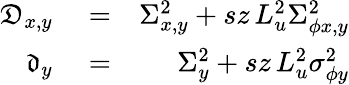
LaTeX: \begin{array}{rlr}{\mathfrak{D}_{x,y}}&{{}=}&{\Sigma_{x,y}^{2}+sz\, L_{u}^{2}\Sigma_{\phi x,y}^{2}}\\ {\mathfrak{d}_{y}}&{{}=}&{\Sigma_{y}^{2}+sz\, L_{u}^{2}\sigma_{\phi y}^{2}}\end{array}